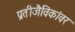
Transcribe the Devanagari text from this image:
प्रतीजैविकांवर